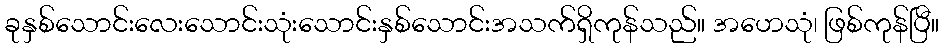
ခုနှစ်သောင်းလေးသောင်းသုံးသောင်းနှစ်သောင်းအသက်ရှိကုန်သည်။ အဟေသုံ၊ ဖြစ်ကုန်ပြီ။